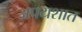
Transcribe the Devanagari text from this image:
अपयशात